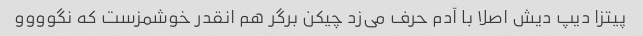
پیتزا دیپ دیش اصلا با آدم حرف می‌زد چیکن برگر هم انقدر خوشمزست که نگوووو